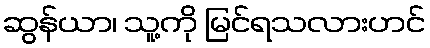
ဆွန်ယာ၊ သူ့ကို မြင်ရသလားဟင်